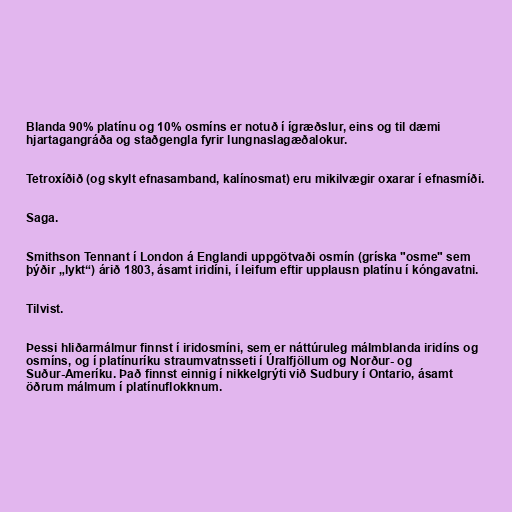
Blanda 90% platínu og 10% osmíns er notuð í ígræðslur, eins og til dæmi
hjartagangráða og staðgengla fyrir lungnaslagæðalokur.

Tetroxíðið (og skylt efnasamband, kalínosmat) eru mikilvægir oxarar í efnasmíði.

Saga.

Smithson Tennant í London á Englandi uppgötvaði osmín (gríska "osme" sem
þýðir „lykt“) árið 1803, ásamt iridíni, í leifum eftir upplausn platínu í kóngavatni.

Tilvist.

Þessi hliðarmálmur finnst í iridosmíni, sem er náttúruleg málmblanda iridíns og
osmíns, og í platínuríku straumvatnsseti í Úralfjöllum og Norður- og
Suður-Ameríku. Það finnst einnig í nikkelgrýti við Sudbury í Ontario, ásamt
öðrum málmum í platínuflokknum.